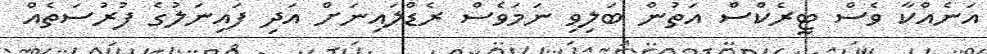
އަނެއްކާ ވެސް ޓީރެކްސް އަތުން ބަލިވި ނަމަވެސް ރެޑްލައިނަށް އަދި ފައިނަލުގެ ފުރުސަތެއް